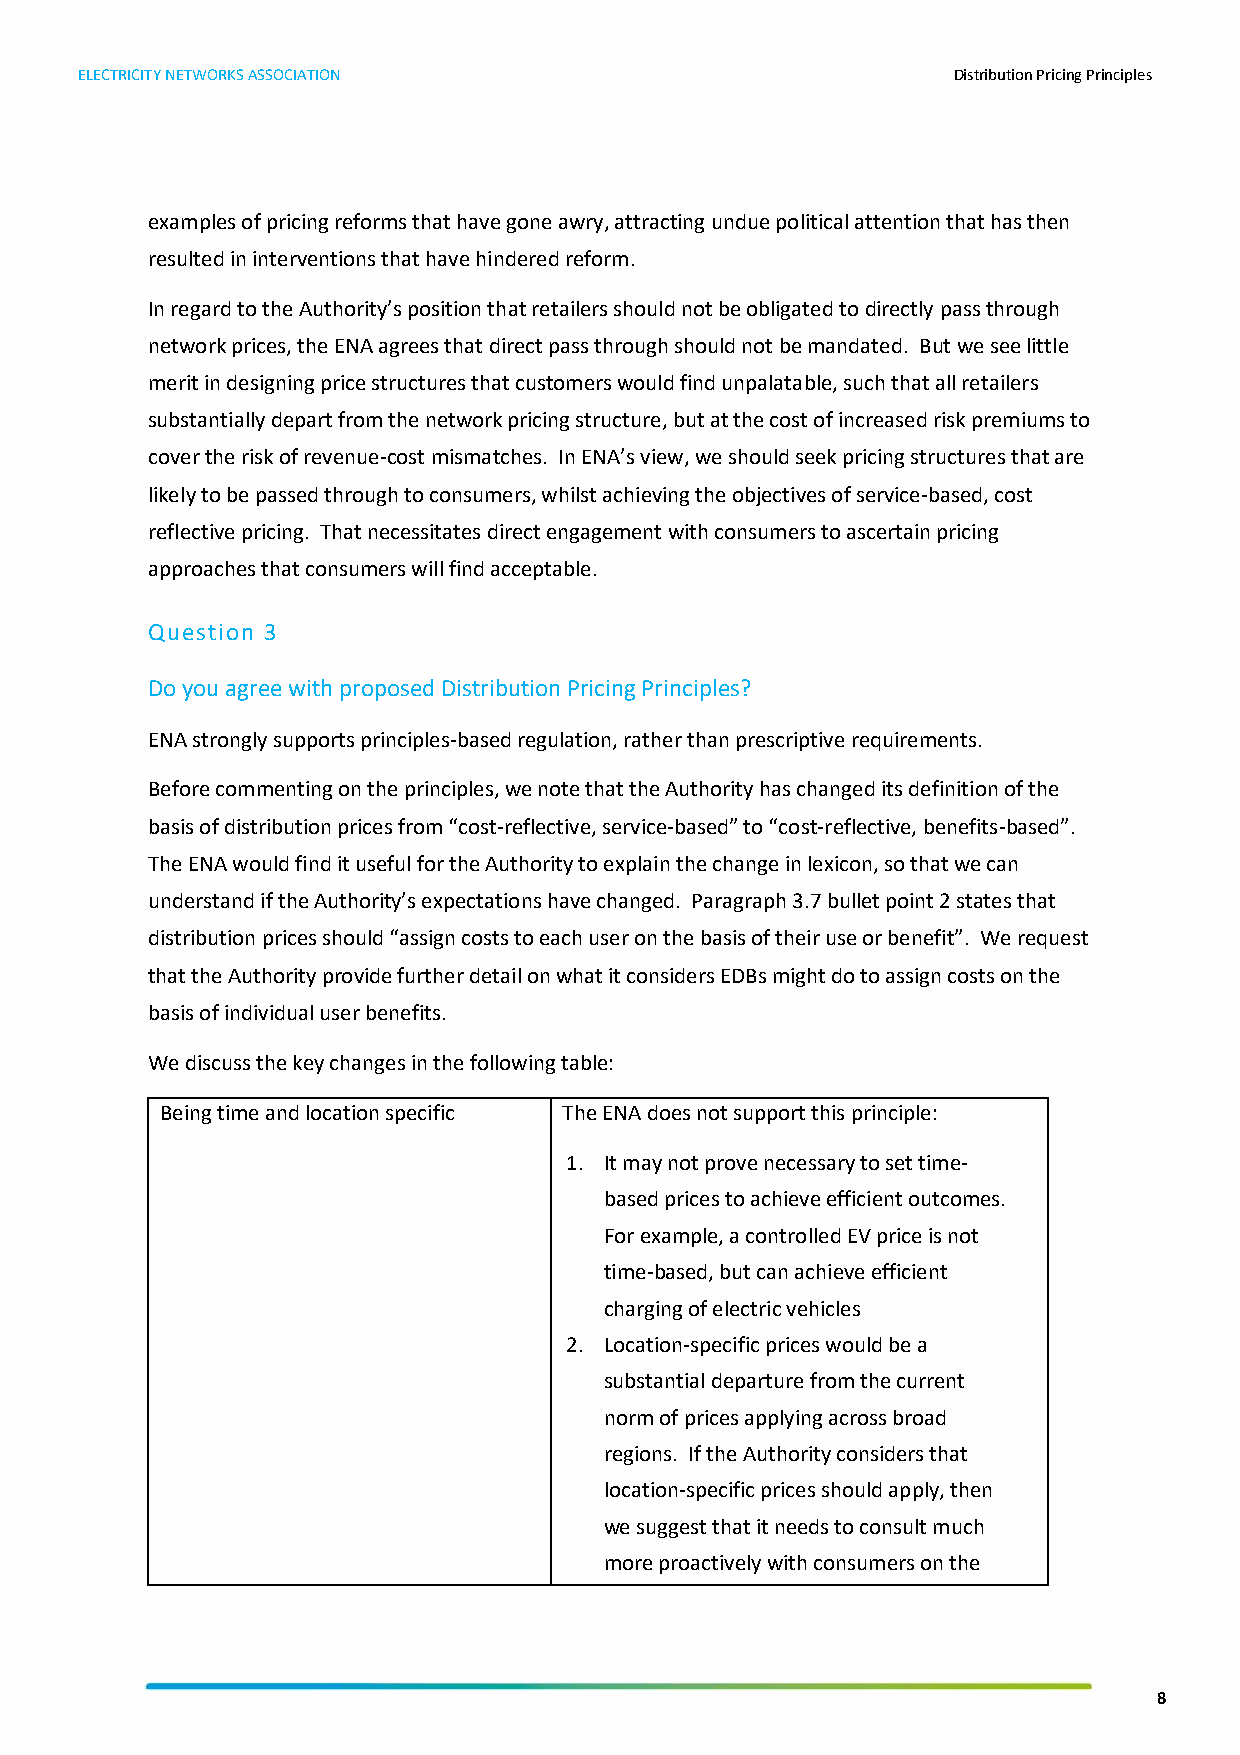
ELECTRICITY NETWORKS ASSOCIATION                          Distribution Pricing Principles
 examples of pricing reforms that have gone awry, attracting undue political attention that has then
 resulted in interventions that have hindered reform.
 In regard to the Authority’s position that retailers should not be obligated to directly pass through
 network prices, the ENA agrees that direct pass through should not be mandated. But we see little
 merit in designing price structures that customers would find unpalatable, such that all retailers
 substantially depart from the network pricing structure, but at the cost of increased risk premiums to
 cover the risk of revenue-cost mismatches. In ENA’s view, we should seek pricing structures that are
 likely to be passed through to consumers, whilst achieving the objectives of service-based, cost
 reflective pricing. That necessitates direct engagement with consumers to ascertain pricing
 approaches that consumers will find acceptable.
 Question 3
 Do you agree with proposed Distribution Pricing Principles?
 ENA strongly supports principles-based regulation, rather than prescriptive requirements.
 Before commenting on the principles, we note that the Authority has changed its definition of the
 basis of distribution prices from “cost-reflective, service-based” to “cost-reflective, benefits-based”.
 The ENA would find it useful for the Authority to explain the change in lexicon, so that we can
 understand if the Authority’s expectations have changed. Paragraph 3.7 bullet point 2 states that
 distribution prices should “assign costs to each user on the basis of their use or benefit”. We request
 that the Authority provide further detail on what it considers EDBs might do to assign costs on the
 basis of individual user benefits.
 We discuss the key changes in the following table:
 Being time and location specific The ENA does not support this principle:
 1. It may not prove necessary to set time-
 based prices to achieve efficient outcomes.
 For example, a controlled EV price is not
 time-based, but can achieve efficient
 charging of electric vehicles
 2. Location-specific prices would be a
 substantial departure from the current
 norm of prices applying across broad
 regions. If the Authority considers that
 location-specific prices should apply, then
 we suggest that it needs to consult much
 more proactively with consumers on the
 8